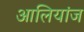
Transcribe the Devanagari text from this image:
आलियांज